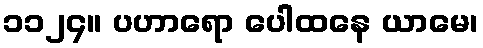
၁၁၂၄။ ပဟာရော ပေါထနေ ယာမေ၊